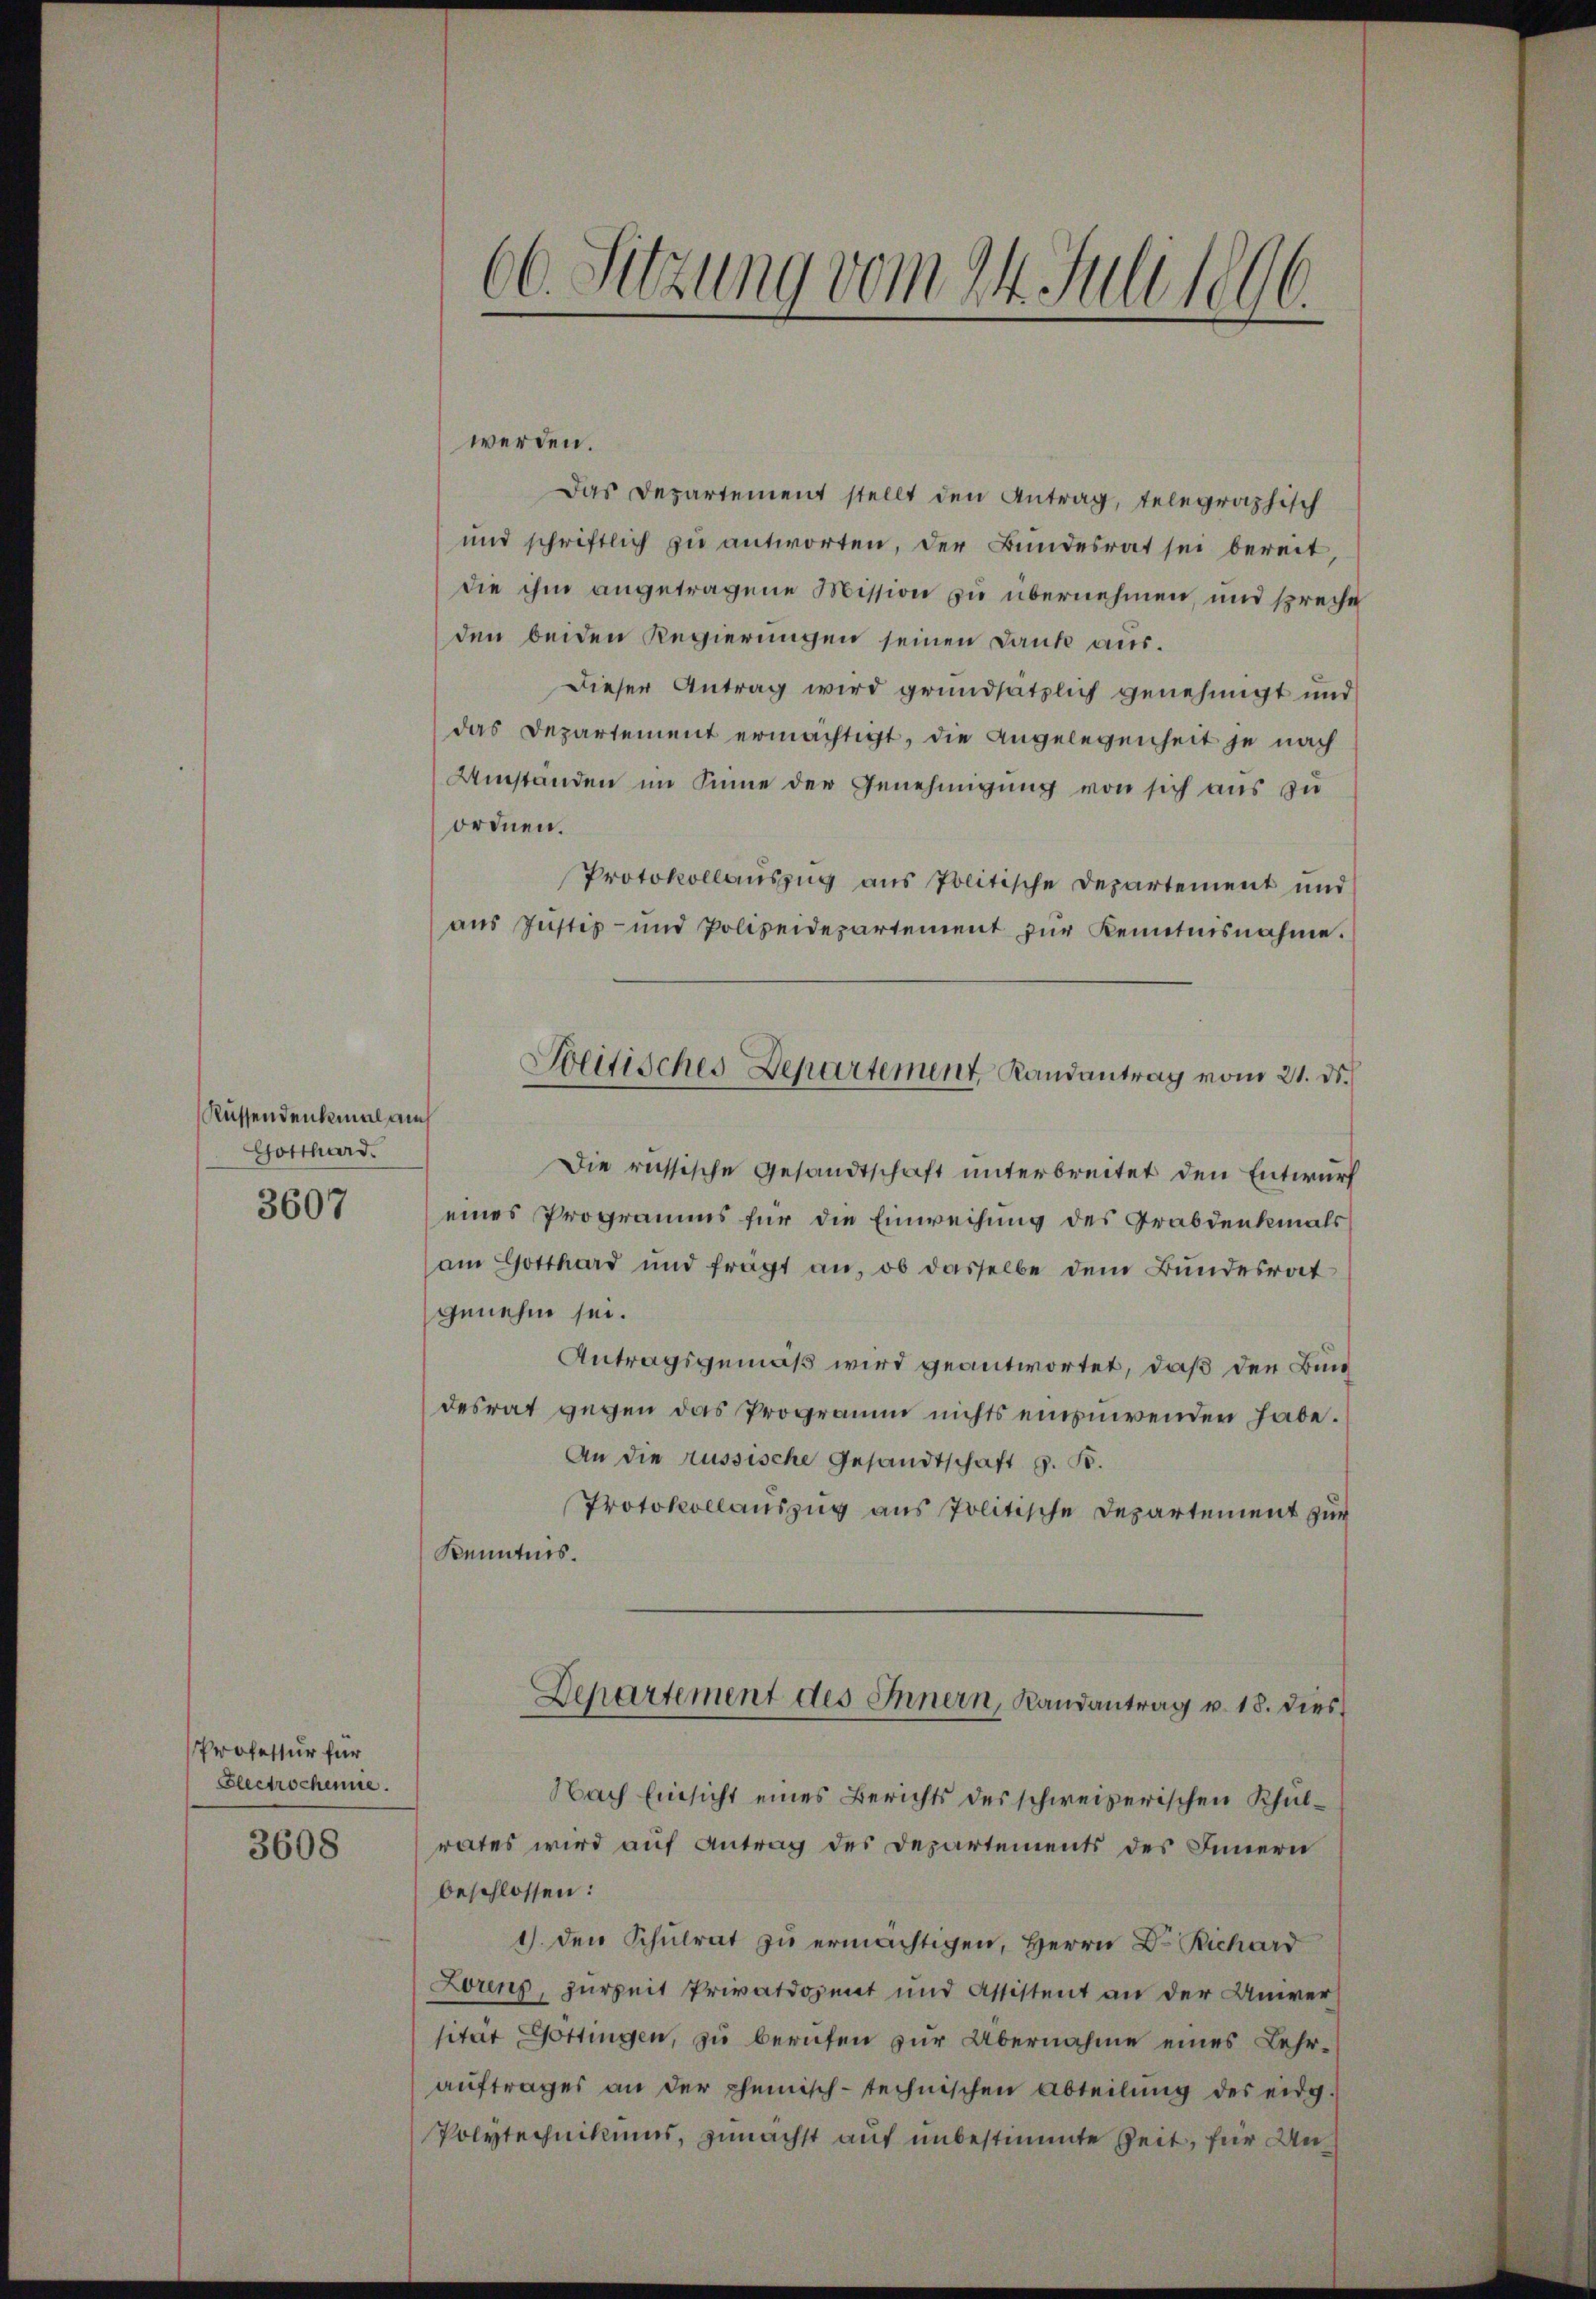
Küssendenhemal auch
Gotthard.
3607

Professur für
Flectrochenie.

3608

66. Sitzung vom 24. Juli 1896.

werden.
Das Departement stellt den Antrag, telegraphisch
und schriftlich zu antworten, der Bundesrat sei bereit
die ihm angetragene Mission zu übernehmen, und spreche
den beiden Regierungen seinen Dank aus¬
Dieser Antrag wird grundsätzlich genehmigt und
das Departement ermächtigt, die Angelegenheit je nach
Umständen im Sinne der Genehmigung von sich aus zu
ordnen.
Protokollauszug aus Politische Departement und
aŭs Jŭstiz- und Polizeidepartement zŭr Kenntnisnahme.
Die russische Gesandtschaft unterbreitet den Entwurf
eines Programms für die Einweisung des Grabdenkmals
am Gotthard und frägt an, ob dasselbe dem Bŭndesrat
genehm sei.
Antragsgemäß wird geantwortet, daß den Bun
desrat gegen das Programm nichts einzuwenden habe.
An die russische Gesandtschaft G. B.
Protokollauszug aus Politische Departement zur
Kenntnis.
Lepartement des Innern, Landantrag v. 18. dies
Nach Einsicht eines Berichts des schweizerischen Schulrates wird auf Antrag des Departements des Innern
beschlossen:
1) den Schulrat zu ermächtigen, Herrn Dr. Richard
Lorenz, zurzeit Privatdozent und Assistent an der Univer
sität Gottingen, zu berufen zur Übernahme eines Lehrauftrages an der chemisch-technischen Abteilung des eidg.
Polytechnikums, zunächst auf unbestimmte Zeit, für Un¬

Weitisches Departement, Randantrag vom 21. ds.